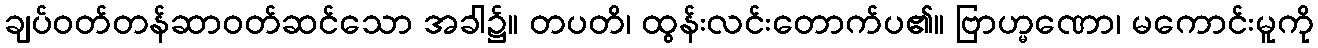
ချပ်ဝတ်တန်ဆာဝတ်ဆင်သော အခါ၌။ တပတိ၊ ထွန်းလင်းတောက်ပ၏။ ဗြာဟ္မဏော၊ မကောင်းမူကို